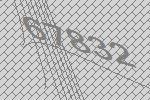
67832